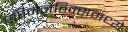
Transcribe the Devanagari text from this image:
एपिजेनेटिक्समध्ये